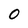
Character: O